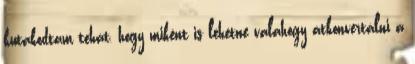
kutakodtam tehát, hogy miként is lehetne valahogy átkonvertálni a